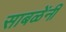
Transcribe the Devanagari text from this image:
साबळेंनी